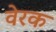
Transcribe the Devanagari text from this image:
वेरक